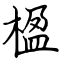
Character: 楹